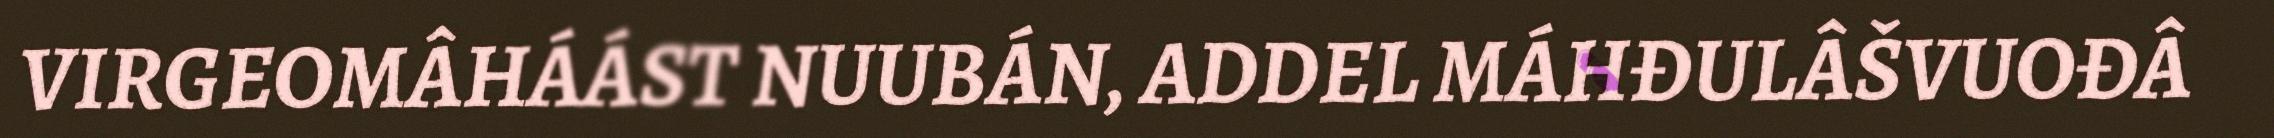
VIRGEOMÂHÁÁST NUUBÁN, ADDEL MÁHĐULÂŠVUOĐÂ